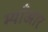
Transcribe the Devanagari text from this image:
म्याँआर